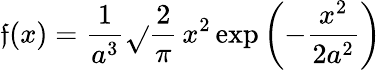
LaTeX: \mathfrak{f}(x)={\frac{{1}}{{a^{3}}}}{\sqrt{}{{\frac{{2}}{{\pi}}}}}\, x^{2}\exp\left(-{\frac{{x^{2}}}{{2a^{2}}}}\right)